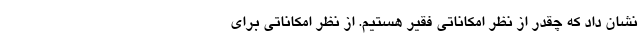
نشان داد که چقدر از نظر امکاناتی فقیر هستیم. از نظر امکاناتی برای